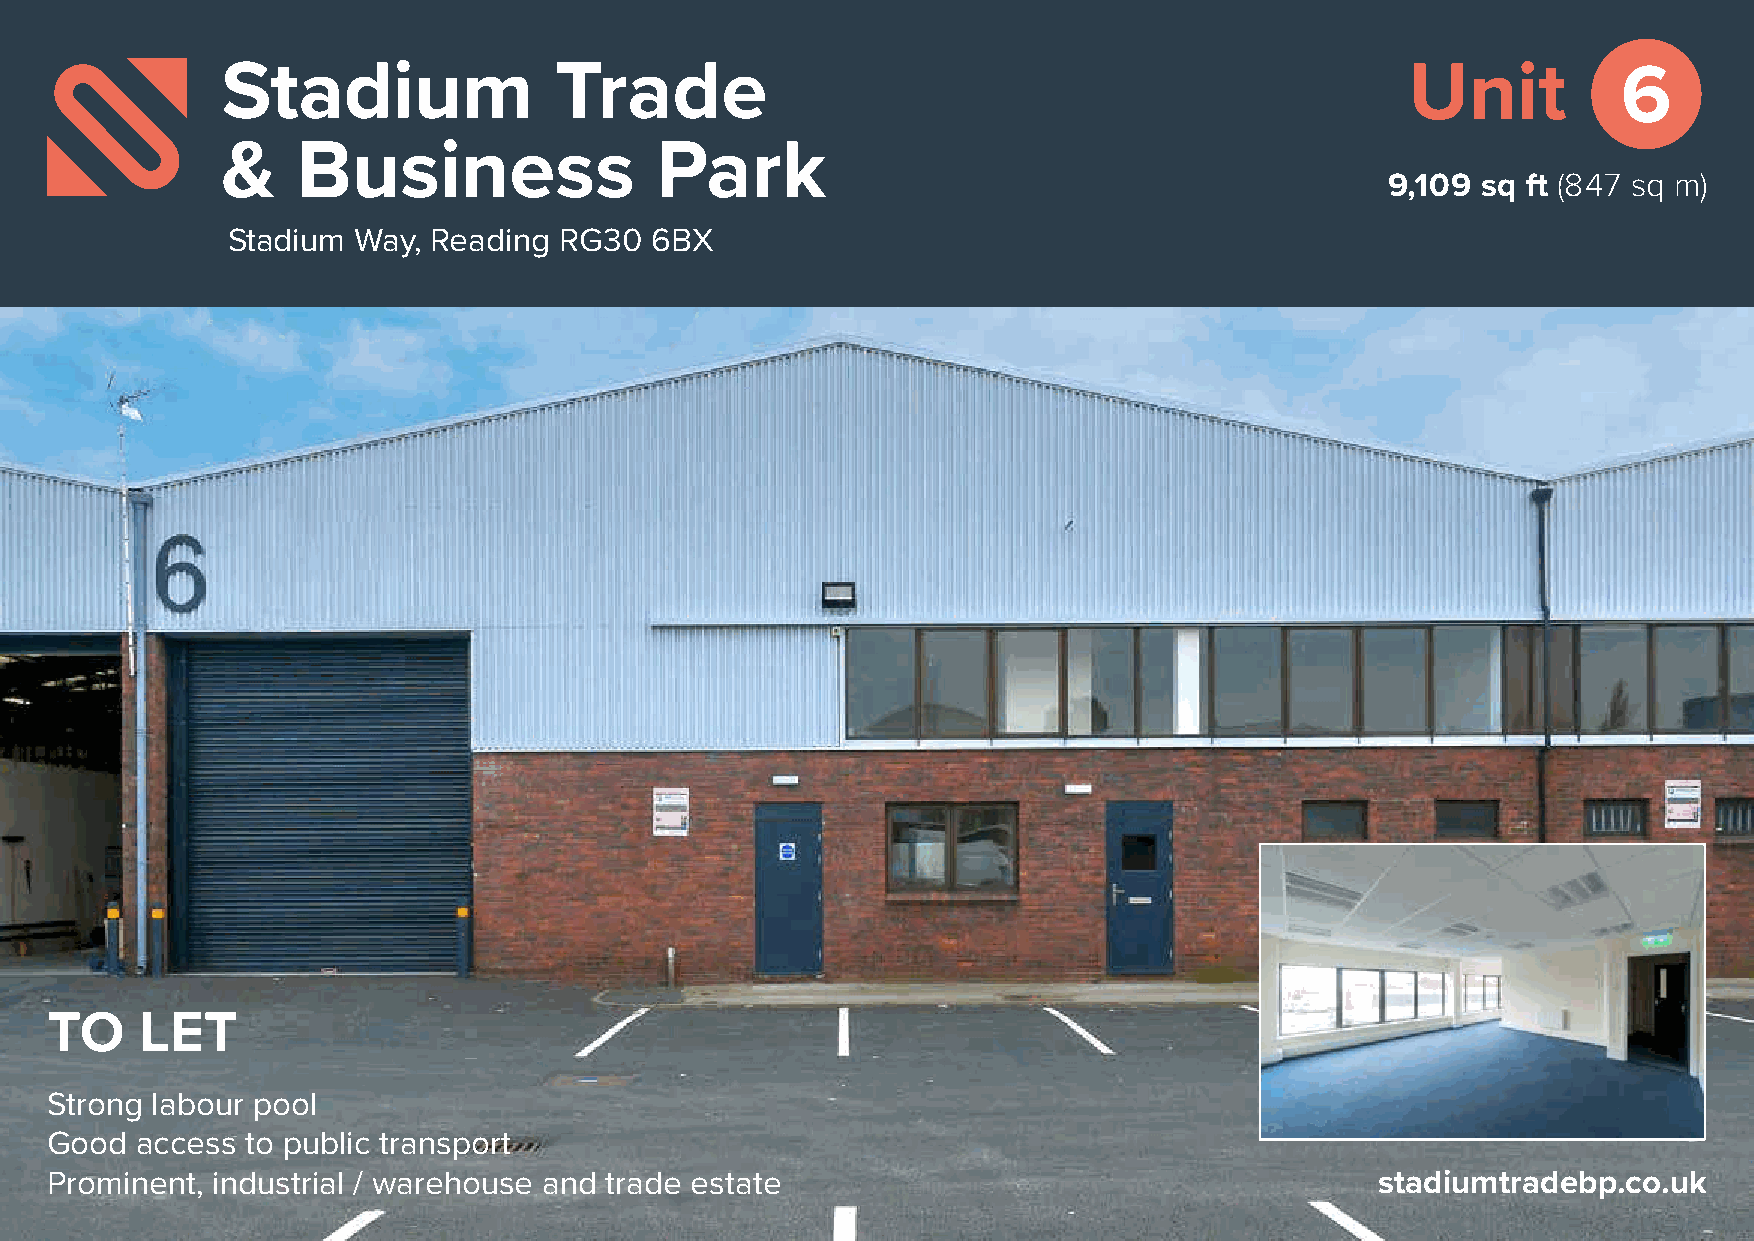
Stadium               Trade                                                   Unit          6
 &    Business               Park
 9,109 sq ft (847 sq m)
 Stadium Way,  Reading RG30  6BX
 TO    LET
 Strong labour pool
 Good  access to public transport
 Prominent, industrial / warehouse and trade estate                                      stadiumtradebp.co.uk